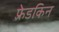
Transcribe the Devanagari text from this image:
फ़्रेडकिन